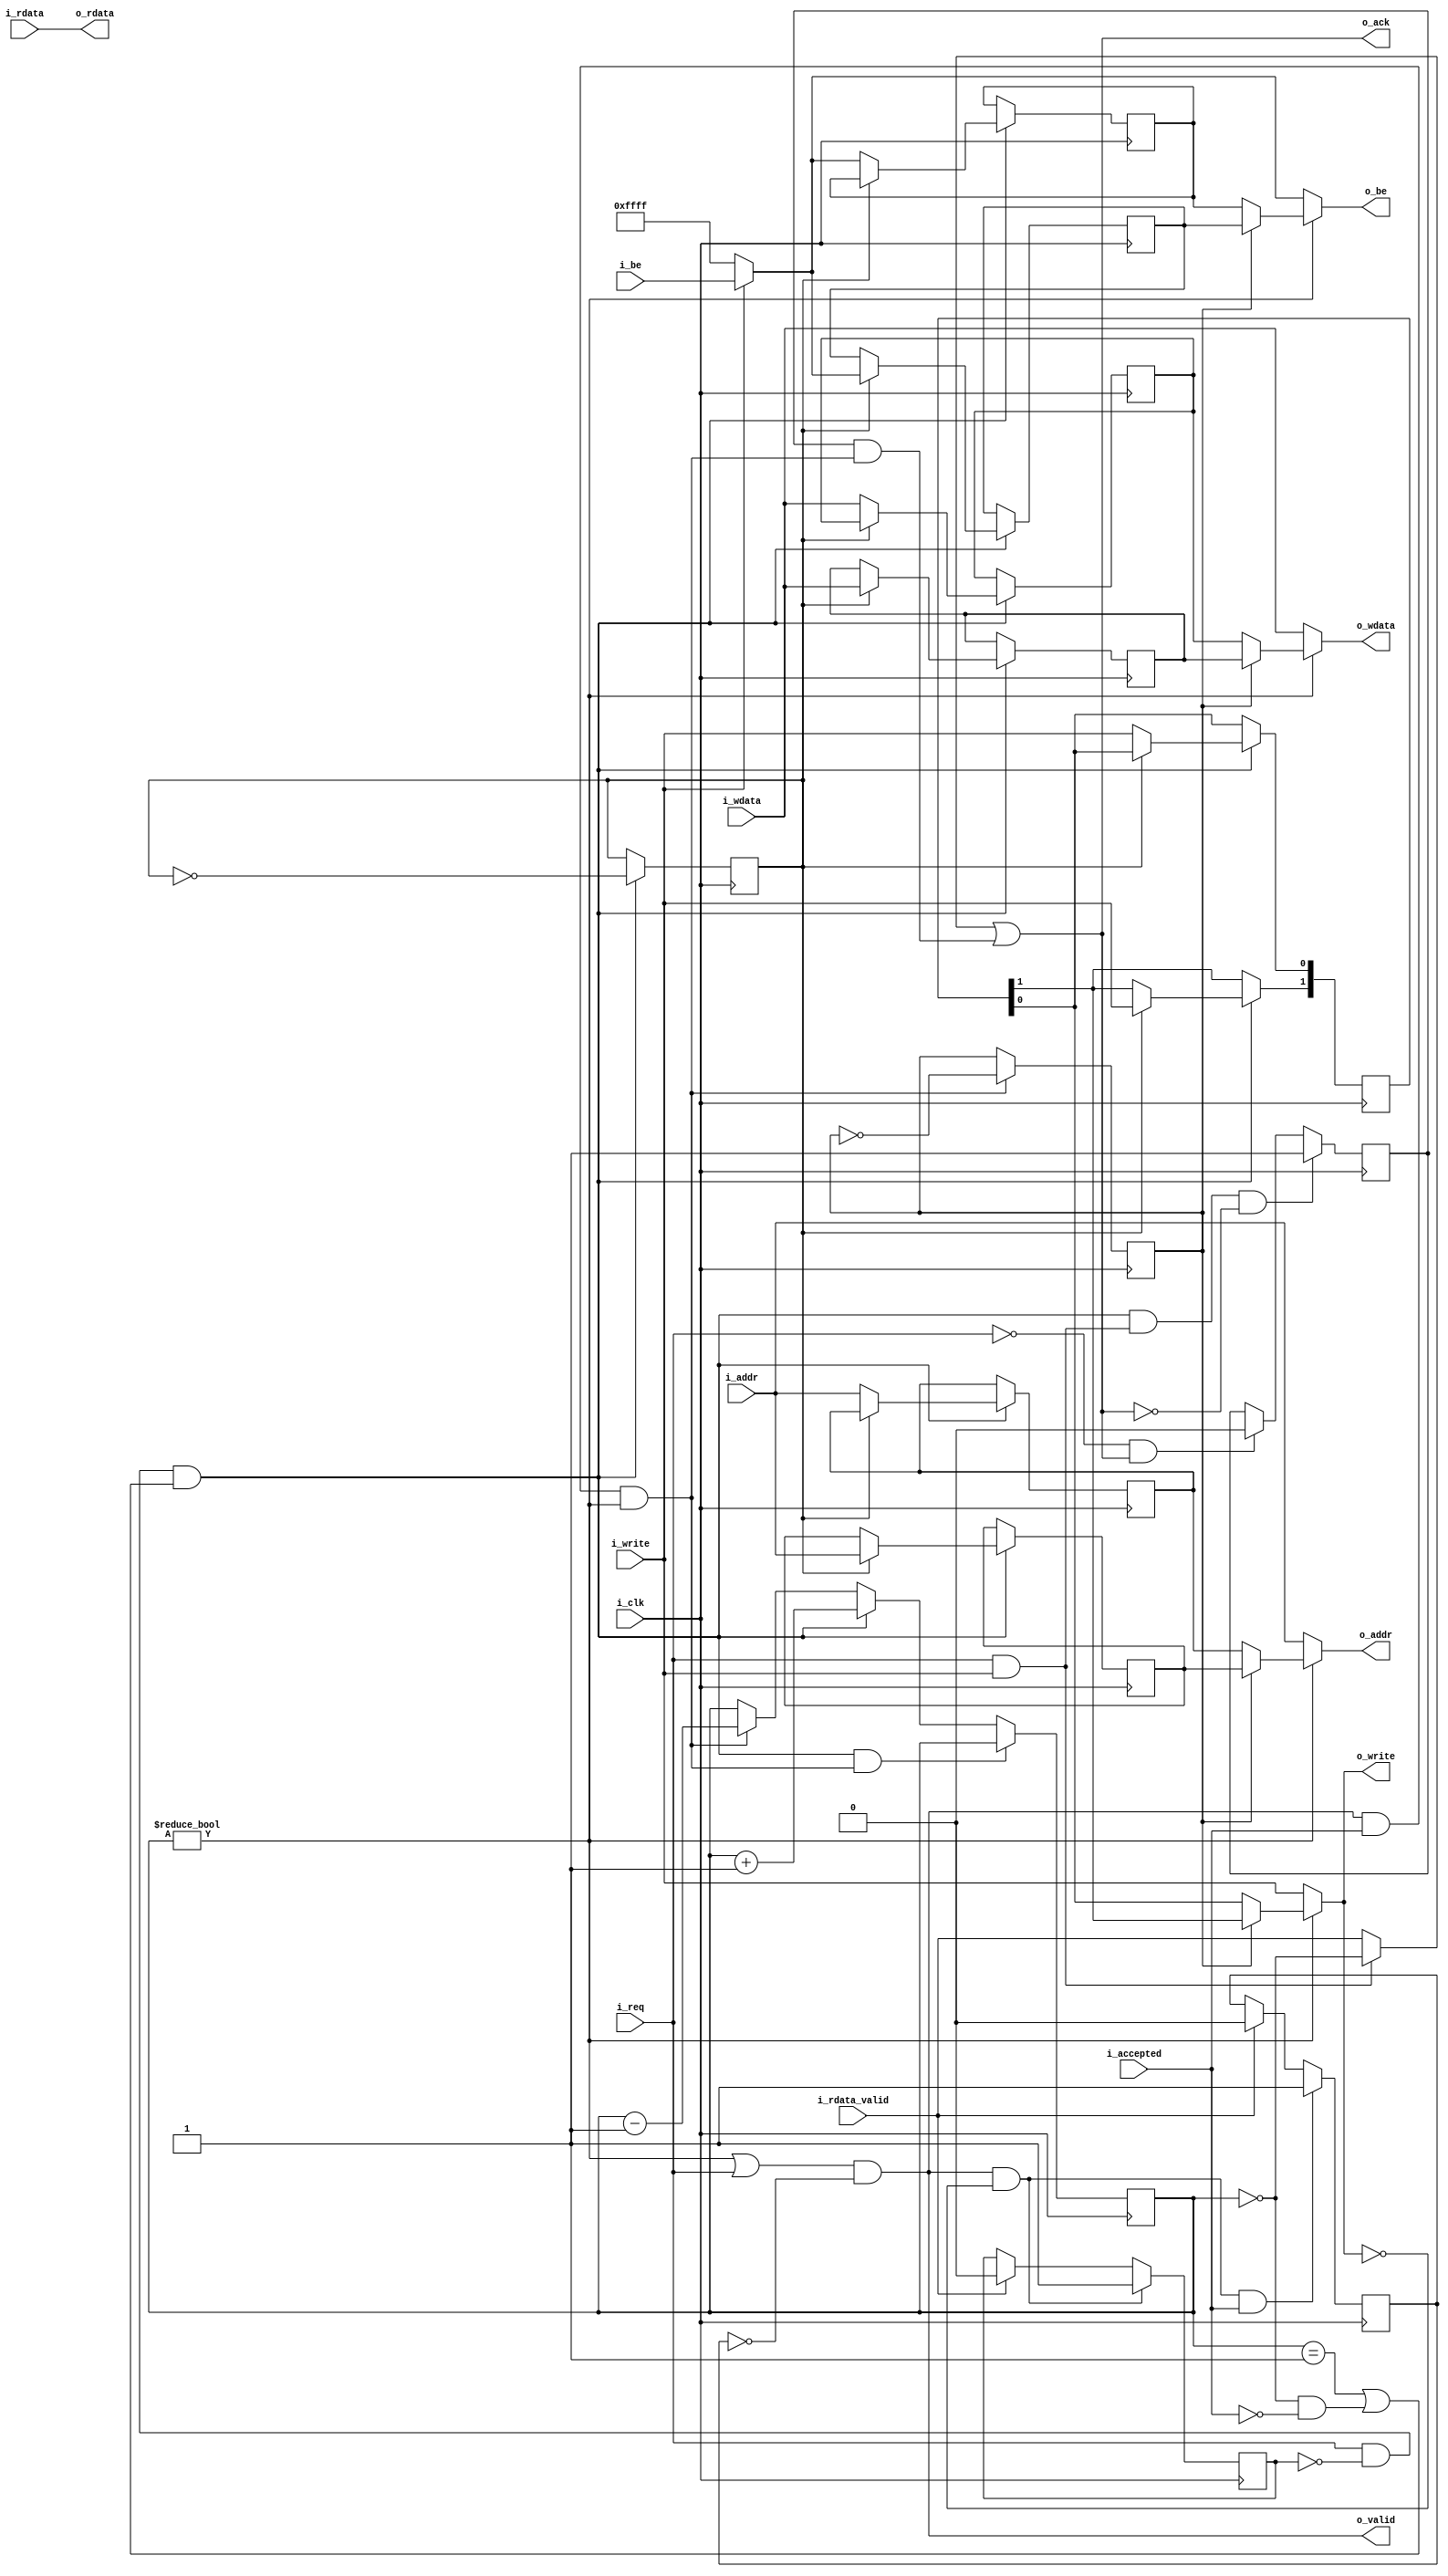
module a25_wishbone_buf (
 			i_clk,
 
// Core side
			i_req,
			i_write,
			i_wdata,
			i_be,
			i_addr,
			o_rdata,
			o_ack,
 
// Wishbone side
			o_valid,
			i_accepted,
			o_write,
			o_wdata,
			o_be,
			o_addr,
			i_rdata,
			i_rdata_valid
			);
 
input                       i_clk;
 
// Core side
input                       i_req;
input                       i_write;
input       [127:0]         i_wdata;
input       [15:0]          i_be;
input       [31:0]          i_addr;
output      [127:0]         o_rdata;
output                      o_ack;
 
// Wishbone side
output                      o_valid;
input                       i_accepted;
output                      o_write;
output      [127:0]         o_wdata;
output      [15:0]          o_be;
output      [31:0]          o_addr;
input       [127:0]         i_rdata;
input                       i_rdata_valid;
 
// ----------------------------------------------------
// Signals
// ----------------------------------------------------
reg  [1:0]                  wbuf_used_r     = 2'd0;
//reg  [31:0]                 wbuf_addr_r     [1:0]; 
reg  [31:0]                 wbuf_addr_r0;
reg  [31:0]                 wbuf_addr_r1;
//reg  [127:0]                wbuf_wdata_r    [1:0]; 
reg  [127:0]                wbuf_wdata_r0;
reg  [127:0]                wbuf_wdata_r1;
//reg  [15:0]                 wbuf_be_r       [1:0]; 
reg  [15:0]                 wbuf_be_r0;
reg  [15:0]                 wbuf_be_r1;
reg  [1:0]                  wbuf_write_r    = 2'd0;
reg                         wbuf_wp_r       = 1'd0;        // write buf write pointer
reg                         wbuf_rp_r       = 1'd0;        // write buf read pointer
reg                         busy_reading_r  = 1'd0;
reg                         wait_rdata_valid_r = 1'd0;
wire                        in_wreq;
reg                         ack_owed_r      = 1'd0;
reg			    push;  //wire to reg	
reg			    pop;	//wire to reg
 
// ----------------------------------------------------
// Access Buffer
// ----------------------------------------------------
assign in_wreq = i_req && i_write;
assign push    = i_req && !busy_reading_r && (wbuf_used_r == 2'd1 || (wbuf_used_r == 2'd0 && !i_accepted));
assign pop     = o_valid && i_accepted && wbuf_used_r != 2'd0;
 
always @(posedge i_clk)
    if (push && pop)
        wbuf_used_r     <= wbuf_used_r;
    else if (push)
        wbuf_used_r     <= wbuf_used_r + 1'd1;
    else if (pop)
        wbuf_used_r     <= wbuf_used_r - 1'd1;
 
always @(posedge i_clk)
    if (push && in_wreq && !o_ack)
        ack_owed_r <= 1'd1;
    else if (!i_req && o_ack)
        ack_owed_r <= 1'd0;
 
always @(posedge i_clk)
    if (push)
        begin
		if ( wbuf_wp_r == 1'd0)
		begin
		wbuf_wdata_r0   <= i_wdata;
      	  	wbuf_addr_r0   <= i_addr;
      	  	wbuf_be_r0   <= i_write ? i_be : 16'hffff;
        	wbuf_write_r [0]   <= i_write;
		end


       		else if ( wbuf_wp_r == 1'd1)
		begin
		wbuf_wdata_r1   <= i_wdata;
        	wbuf_addr_r1    <= i_addr;
        	wbuf_be_r1      <= i_write ? i_be : 16'hffff;
        	wbuf_write_r [1]   <= i_write;
		end

        	wbuf_wp_r                  <= !wbuf_wp_r;
        end
 
always @(posedge i_clk)
    if (pop)
        wbuf_rp_r                  <= !wbuf_rp_r;
 
 
// ----------------------------------------------------
// Output logic
// ----------------------------------------------------
//assign o_wdata = wbuf_used_r != 2'd0 ? wbuf_wdata_r[wbuf_rp_r] : i_wdata;
assign o_wdata = wbuf_used_r != 2'd0 ? (wbuf_rp_r == 1'd0 ? wbuf_wdata_r0 : wbuf_wdata_r1 ) : i_wdata;

//assign o_write = wbuf_used_r != 2'd0 ? wbuf_write_r[wbuf_rp_r] : i_write;
assign o_write = wbuf_used_r != 2'd0 ? (wbuf_rp_r == 1'd0 ? wbuf_write_r[0] : wbuf_write_r[1]) : i_write;

//assign o_addr  = wbuf_used_r != 2'd0 ? wbuf_addr_r [wbuf_rp_r] : i_addr;
assign o_addr  = wbuf_used_r != 2'd0 ? (wbuf_rp_r == 1'd0 ? wbuf_addr_r0 : wbuf_addr_r1 ) : i_addr;

//assign o_be    = wbuf_used_r != 2'd0 ? wbuf_be_r   [wbuf_rp_r] : i_write ? i_be : 16'hffff;
assign o_be    = wbuf_used_r != 2'd0 ? (wbuf_rp_r == 1'd0 ? wbuf_be_r0 : wbuf_be_r1) : i_write ? i_be : 16'hffff;

assign o_ack   = (in_wreq ? (wbuf_used_r == 2'd0) : i_rdata_valid) || (ack_owed_r && pop); 

assign o_valid = (wbuf_used_r != 2'd0 || i_req) && !wait_rdata_valid_r;
 
assign o_rdata = i_rdata;
 
 
always@(posedge i_clk)
    if (o_valid && !o_write)
        busy_reading_r <= 1'd1;
    else if (i_rdata_valid)
        busy_reading_r <= 1'd0;
 
always@(posedge i_clk)
    if (o_valid && !o_write && i_accepted)
        wait_rdata_valid_r <= 1'd1;
    else if (i_rdata_valid)  
        wait_rdata_valid_r <= 1'd0;
endmodule